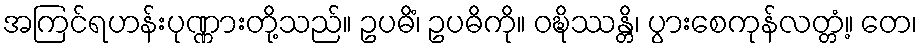
အကြင်ရဟန်းပုဏ္ဏားတို့သည်။ ဥပဓိံ၊ ဥပဓိကို။ ဝဍ္ဎိဿန္တိ၊ ပွားစေကုန်လတ္တံ့။ တေ၊